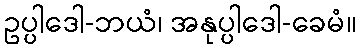
ဥပ္ပါဒေါ-ဘယံ၊ အနုပ္ပါဒေါ-ခေမံ။